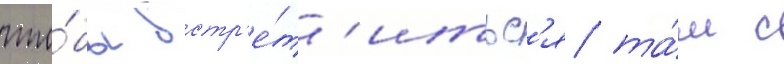
что́бы встр'е́т'итьс'я та́м с